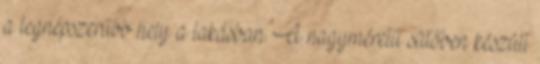
a legnépszerűbb hely a lakásban. A nagyméretű sütőben készült